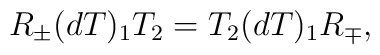
R_{\pm}(dT)_{1}T_{2}=T_{2}(dT)_{1}R_{\mp},